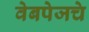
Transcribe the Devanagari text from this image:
वेबपेजचे